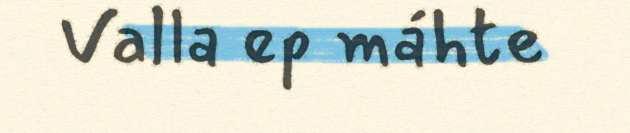
Valla ep máhte